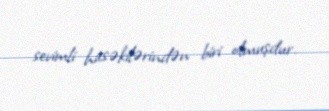
sevimli hasəkilərindən biri olmuşdur.